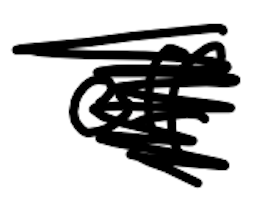
Text: off
Cross-out: scratch
Writing tool: digital_black